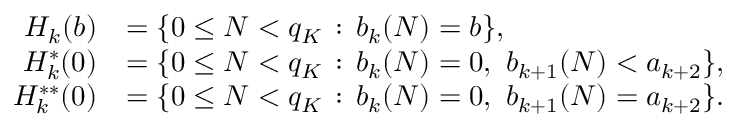
\begin{array} { r l } { H _ { k } ( b ) } & { = \{ 0 \le N < q _ { K } \, : \, b _ { k } ( N ) = b \} , } \\ { H _ { k } ^ { * } ( 0 ) } & { = \{ 0 \le N < q _ { K } \, : \, b _ { k } ( N ) = 0 , \, \, b _ { k + 1 } ( N ) < a _ { k + 2 } \} , } \\ { H _ { k } ^ { * * } ( 0 ) } & { = \{ 0 \le N < q _ { K } \, : \, b _ { k } ( N ) = 0 , \, \, b _ { k + 1 } ( N ) = a _ { k + 2 } \} . } \end{array}